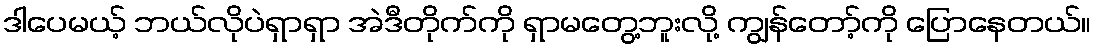
ဒါပေမယ့် ဘယ်လိုပဲရှာရှာ အဲဒီတိုက်ကို ရှာမတွေ့ဘူးလို့ ကျွန်တော့်ကို ပြောနေတယ်။